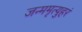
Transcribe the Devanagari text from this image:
जन्ममृत्युहरं